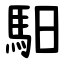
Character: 馹